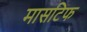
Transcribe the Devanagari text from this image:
मासटिफ